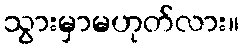
သွားမှာမဟုတ်လား။